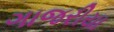
ગાજરીયા